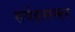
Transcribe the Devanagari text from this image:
सर्वङसम्हर